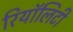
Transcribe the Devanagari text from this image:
रियॉलिटी